Civil Veterinary Dept. North-West Frontier Province 1901-22 - 1901-1922
Year: 1901
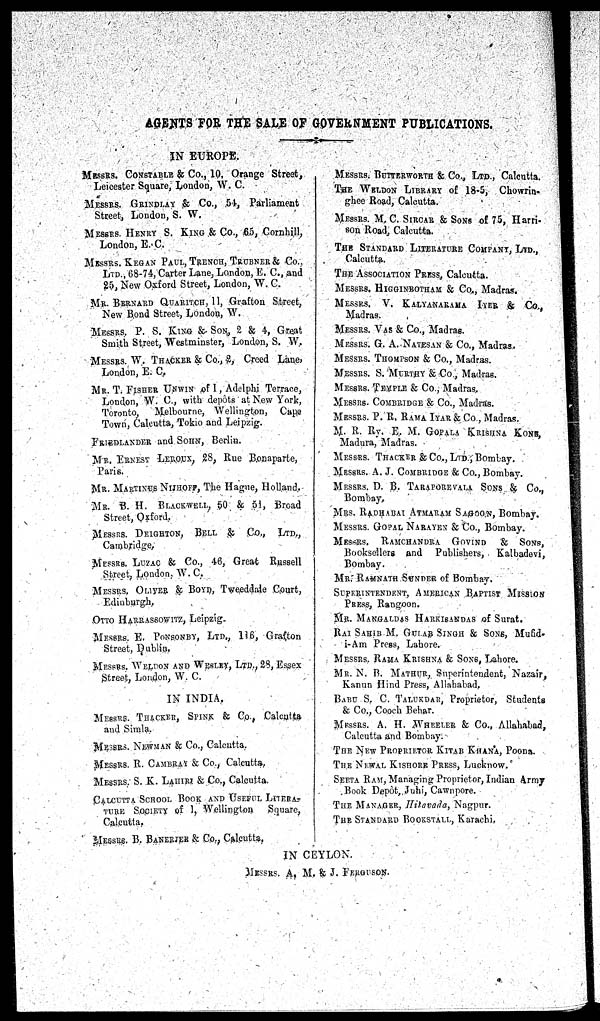
AGENTS FOR THE SALE OF GOVERNMENT PUBLICATIONS.
IN EUROPE.
MESSRS. CONSTABLE & Co., 10, Orange Street,
Leicester Square, London, W. C.
MESSRS. GRINDLAY& Co., 54, Parliament
Street, London, S. W.
MESSRS.HENRY S.KING & Co., 65, Cornhill,
London, E.C.
MESSRS.KEGAN PAUL, TRENCH, TRUBNER & Co.,
LTD., 68-74, Carter Lane, London, E. C., and
25, New Oxford Street, London, W. C.
MR. BERNARD QUARITCH, 11, Grafton Street,
New Bond Street, London, W.
MESSRS. P. S. KING &. SON, 2 & 4, Great
Smith Street, Westminster, London, S. W
MESSRS.W.THACKER & Co., 2, Creed Lane,
London, E. C.
MR. T.FISHER UNWINof I , Adelphi Terrace,
London, W. C., with depots at New York,
Toronto,
Melbourne, Wellington, Cape
Town, Calcutta, Tokio and Leipzig.
FRIEDLANDERand SOHN, Berlin.
MR. ERNEST LEROUX, 28, Rue Bonaparte,
Paris.
MR. MARTINUS NIJHOFF, The Hague, Holland.
MR. B. H. BLACKWELL, 50 & 51, Broad
Street, Oxford.
MESSRS.DEIGHTON, BELL & Co., LTD.,
Cambridge,
MESSRS. LUZAC & Co., 46, Great Russell
Street, London, W. C.
MESSRS.OLIVER & BOYN, Tweeddale Court,
Edinburgh,
OTTO HARRASSOWITZ, Leipzig.
MESSRS.E. POXSONBY, LTD., 116, Grafton
Street, Dubhn.
MESSRS.WELDON AND WESLEY, LTD.,28, Essex
Street, London, W. C.
IN INDIA.
MESSRS.THACKER, SPINK & Co., Calcutta
and Simla.
MESSRS.NEWMAN & Co.. Calcutta.
MESSRS.R.CAMBRAY & Co., Calcutta.
MESSRS.S. K. LAHIRI & Co., Calcutta.
CALCUTTA SCHOOL BOOK AND USEFUL LITERA-
TURE SOCIETY of 1, Wellington
Square,
Calcutta.
MESSRS.B. BANERJEE & Co., Calcutta.
MESSRS. BUTTERWORTH & Co., LTD., Calcutta.
THE WELDON LIBRARY of 18-5, Chowrin-
ghee Road, Calcutta.
MESSRS.M. C. SIRCAR & SONS of 75, Harri-
son Road, Calcutta.
THE STANDARD LITERATURE COMPANY, LTD.,
Calcutta.
THE ASSOCIATION PRESS , Calcutta.
MESSRS.HIGGINBOTHAM & Co., Madras.
MESSRS. V. KALYANARAMA IYER & Co.,
Madras.
MESSRS.VAS & Co., Madras.
MESSRS.G. A. NATESAN & Co., Madras.
MESSRS. THOMPSON & Co., Madras.
MESSRS.S. MURTHY & Co., Madras.
MESSRS.TEMPLE & Co., Madras.
MESSRS.COMBRIDGE & Co., Madras.
MESSRS.P. R.RAMA IYAR & Co., Madras.
M. R. Ry. E. M.GOPALA KRISHAN KONS,
Madura, Madras.
MESSRS.THACKER& Co., LTD., Bombay.
MESSRS.A. J.COMBRIDGE & Co., Bombay.
MESSRS.D. B. TARAPOREVALA SONS & Co.,
Bombay.
MRS. RADHABAI ATMARAM SAGOON, Bombay.
MESSRS.GOPAL NARAYEN & Co., Bombay.
MESSRS. RAMCHANDRA GOVIND & SONS,
Booksellers and Publishers, Kalbadevi,
Bombay.
MR. RAMNATH SUNDER of Bombay.
SUPERINTENDENT, AMERICAN BAPTIST MISSION
PRESS, Rangoon.
MR. MANGALDAS HARKISANDAS of Surat.
RAI SAHIB M. GULAB SINGH & SONS, Mufid-
i-Am Press, Lahore.
MESSRS. RAMA KRISHNA & SONS, Lahore.
MR. N. B. MATHUR, Superintendent, Nazair,
Kanun Hind Press, Allahabad.
BABC S. C. TALUKDAR, Proprietor, Students
& Co., Cooch Behar.
MESSRS. A. H. WHEELER & Co., Allahabad,
Calcutta and Bombay.
THE NEW PROPRIETOR KITAB KHANA, Poona.
THE NEWAL KISHORE PRESS, Lucknow.
SEETA RAM, Managing Proprietor, Indian Army
Book Depôt, Juhi, Cawnpore.
THE MANAGER, Hilavada, Nagpur.
THE STANDARD BOOKSTALL, Karachi.
IN CEYLON.
MESSRS. A. M. & J. FERGUSON.